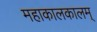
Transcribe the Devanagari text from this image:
महाकालकालम्